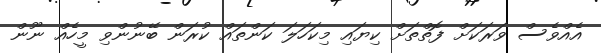
އެއްވެސް ވަރަކަށް ފޮތްތަށް ކިޔައި މިކަހަލަ ކަންތައް ކުރަން ބޭނުންވި މީހެއް ނޫން